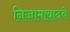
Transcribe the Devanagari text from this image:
निजामाबादचे